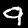
Label: 9